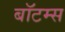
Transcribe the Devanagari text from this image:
बॉटम्स